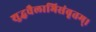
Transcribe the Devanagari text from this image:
शुद्धचैलाभिसंवृतम्।